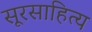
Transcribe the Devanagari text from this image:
सूरसाहित्य